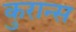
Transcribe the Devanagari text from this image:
कुरान्स